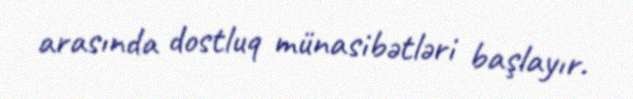
arasında dostluq münasibətləri başlayır.